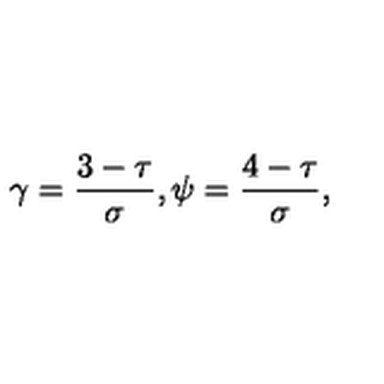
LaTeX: \gamma = \frac { 3 - \tau } { \sigma } , \psi = \frac { 4 - \tau } { \sigma } , \,